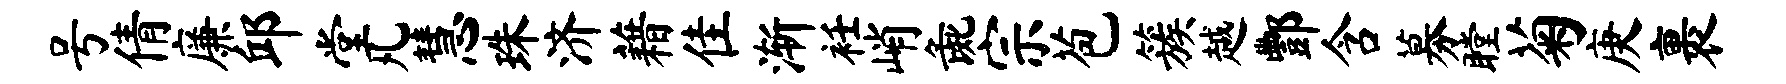
号倩廉邱堂凡慧珠济藉隹渐衽峭彘宗苞簇越酆含募瞠菊庚裹